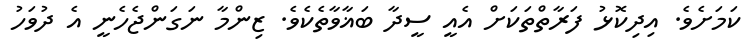
ކަމަށެވެ. އިދިކޮޅު ފަރާތްތަކަށް އެއީ ސީދާ ބަޣާވާތެކެވެ. ޒިންމާ ނަގަންޖެހެނީ އެ ދުވަހު